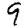
Digit: 9